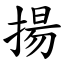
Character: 揚